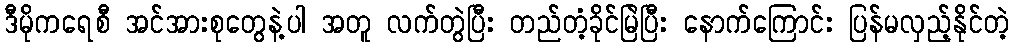
ဒီမိုကရေစီ အင်အားစုတွေနဲ့ပါ အတူ လက်တွဲပြီး တည်တံ့ခိုင်မြဲပြီး နောက်ကြောင်း ပြန်မလှည့်နိုင်တဲ့